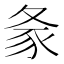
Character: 𰋎